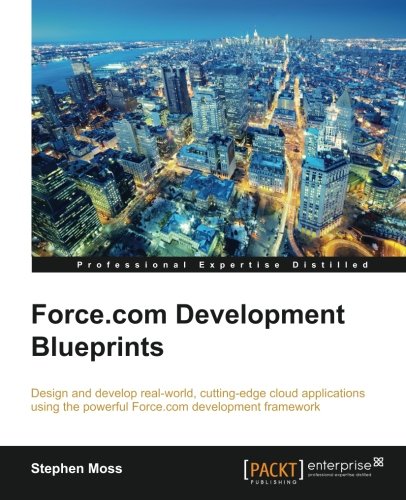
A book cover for Force.com Development Blueprints; Stephen Moss; Computers & Technology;